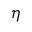
\eta